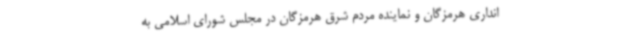
انداری هرمزگان و نماینده مردم شرق هرمزگان در مجلس شورای اسلامی به